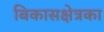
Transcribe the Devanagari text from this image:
बिकासक्षेत्रका